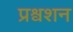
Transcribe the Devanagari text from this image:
प्रश्वशन